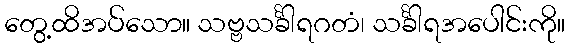
တွေ့ထိအပ်သော။ သဗ္ဗသင်္ခါရဂတံ၊ သင်္ခါရအပေါင်းကို။